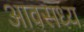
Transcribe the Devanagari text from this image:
आवसध्य